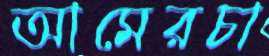
আমেরচা